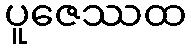
ပူဇေဿထ